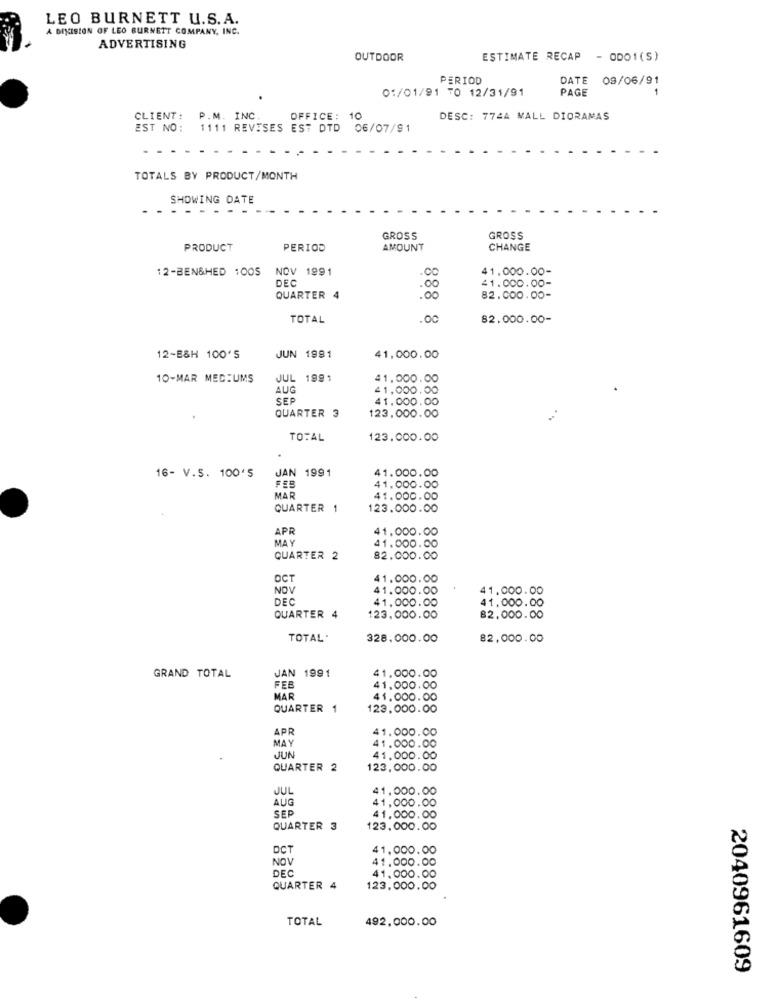
LEO BURNETT U.S.A.
A DIVISION OF LEO BURNETT COMPANY, INC.
ADVERTISING
OUTDOOR
ESTIMATE RECAP
- ODO1(S)
PERIOD
DATE 09/06/91
01/01/91 TO 12/31/91
PAGE
CLIENT: P.M. INC.
OFFICE: 10
DESC: 774A MALL DIORAMAS
EST NO:
1111 REVISES EST DTD
06/07/91
TOTALS BY PRODUCT/MONTH
SHOWING DATE
. . .
GROSS
GROSS
PRODUCT
PERIOD
AMOUNT
CHANGE
12-BEN&HED 100S
NOV 1991
41.000.00-
DEC
41.000.00-
:00
QUARTER 4
00
82.000.00-
TOTAL
.00
82.000.00-
12-B&H 100'S
JUN 1991
41,000.00
10-MAR MED:UMS
JUL 1991
41,000.
AUG
41,000.00
SEP
41.000.00
123.000.00
QUARTER 3
8888
TOTAL
123.000.00
JAN 1991
41.000.00
16- V.S. 100'S
41.000.00
MAR
41.000.00
QUARTER 1
123.000.00
8888
APR
41.000.00
MAY
41.000.00
QUARTER 2
82.000.00
OCT
41.000.00
NOV
41.000.00
41.000.00
DEC
41.000.00
41,000.00
QUARTER 4
123.000.00
8888
82.000.00
TOTAL
328.000.00
82,000.00
GRAND TOTAL
JAN 1991
41,000.00
FEB
41.000.00
MAR
41.000.00
QUARTER
123.000.00
8888
APR
41.000.00
MAY
41.000.00
JUN
41.000.00
QUARTER
123,000.00
8888
JUL
41,000.00
AUG
41,000.00
SEP
41.000.00
QUARTER 3
123.000.00
8888
OCT
41.000.00
NOV
41,000.00
DEC
41.000.00
QUARTER 4
123.000.00
TOTAL
492,000.00
2040961609